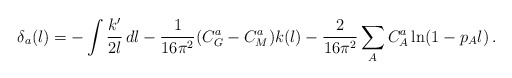
\begin{align*}\delta_a(l)=-\int\frac{k'}{2l}\, dl-\frac{1}{16\pi^2}(C^a_G-C^a_M)k(l)-\frac{2}{16\pi^2}\sum_AC^a_A\ln (1-p_A l)\, .\end{align*}